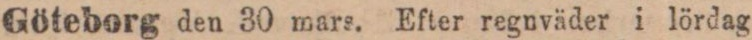
Göteborg den 30 mars. Efter regnväder i lördag